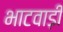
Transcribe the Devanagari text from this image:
भाटवाड़ी